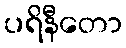
ပရိနီတော